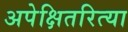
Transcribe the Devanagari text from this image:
अपेक्षितरित्या